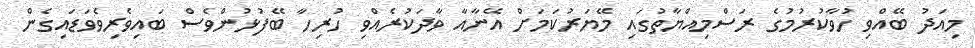
މިއަދު ބޭއްވި ހުވާކުރުމުގެ ރަސްމިއްޔާތުގައި މޭޔަރުކަމަށް އޭނާއާ ވާދަކުރެއްވި ހުރިހާ ބޭފުޅުންވެސް ބައިވެރިވެވަޑައިގެން